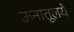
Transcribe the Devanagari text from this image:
ऊनातूलये